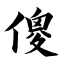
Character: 傻